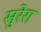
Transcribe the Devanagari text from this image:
सुरेरा